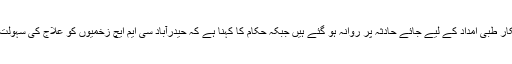
فوج اور رینجرز کے اہلکار طبی امداد کے لیے جائے حادثہ پر روانہ ہو گئے ہیں جبکہ حکام کا کہنا ہے کہ حیدرآباد سی ایم ایچ زخمیوں کو علاج کی سہولت دینے کے لیے تیار ہے۔